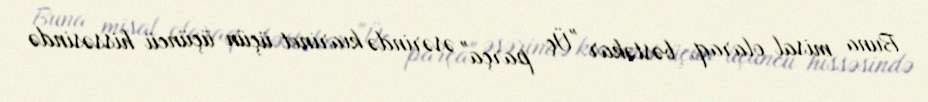
Buna misal olaraq, bəstəkar "Üç parça" əsərində kıarinet üçün üçüncü hissəsində